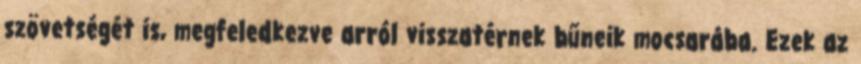
szövetségét is, megfeledkezve arról visszatérnek bűneik mocsarába. Ezek az